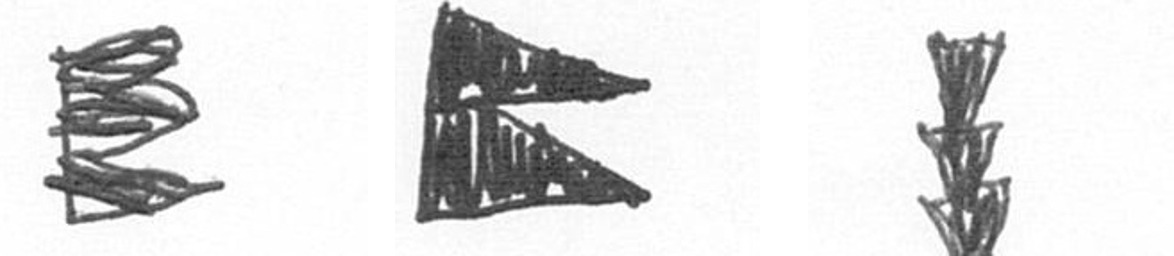
H P E